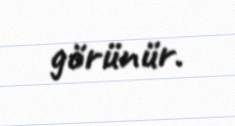
görünür.